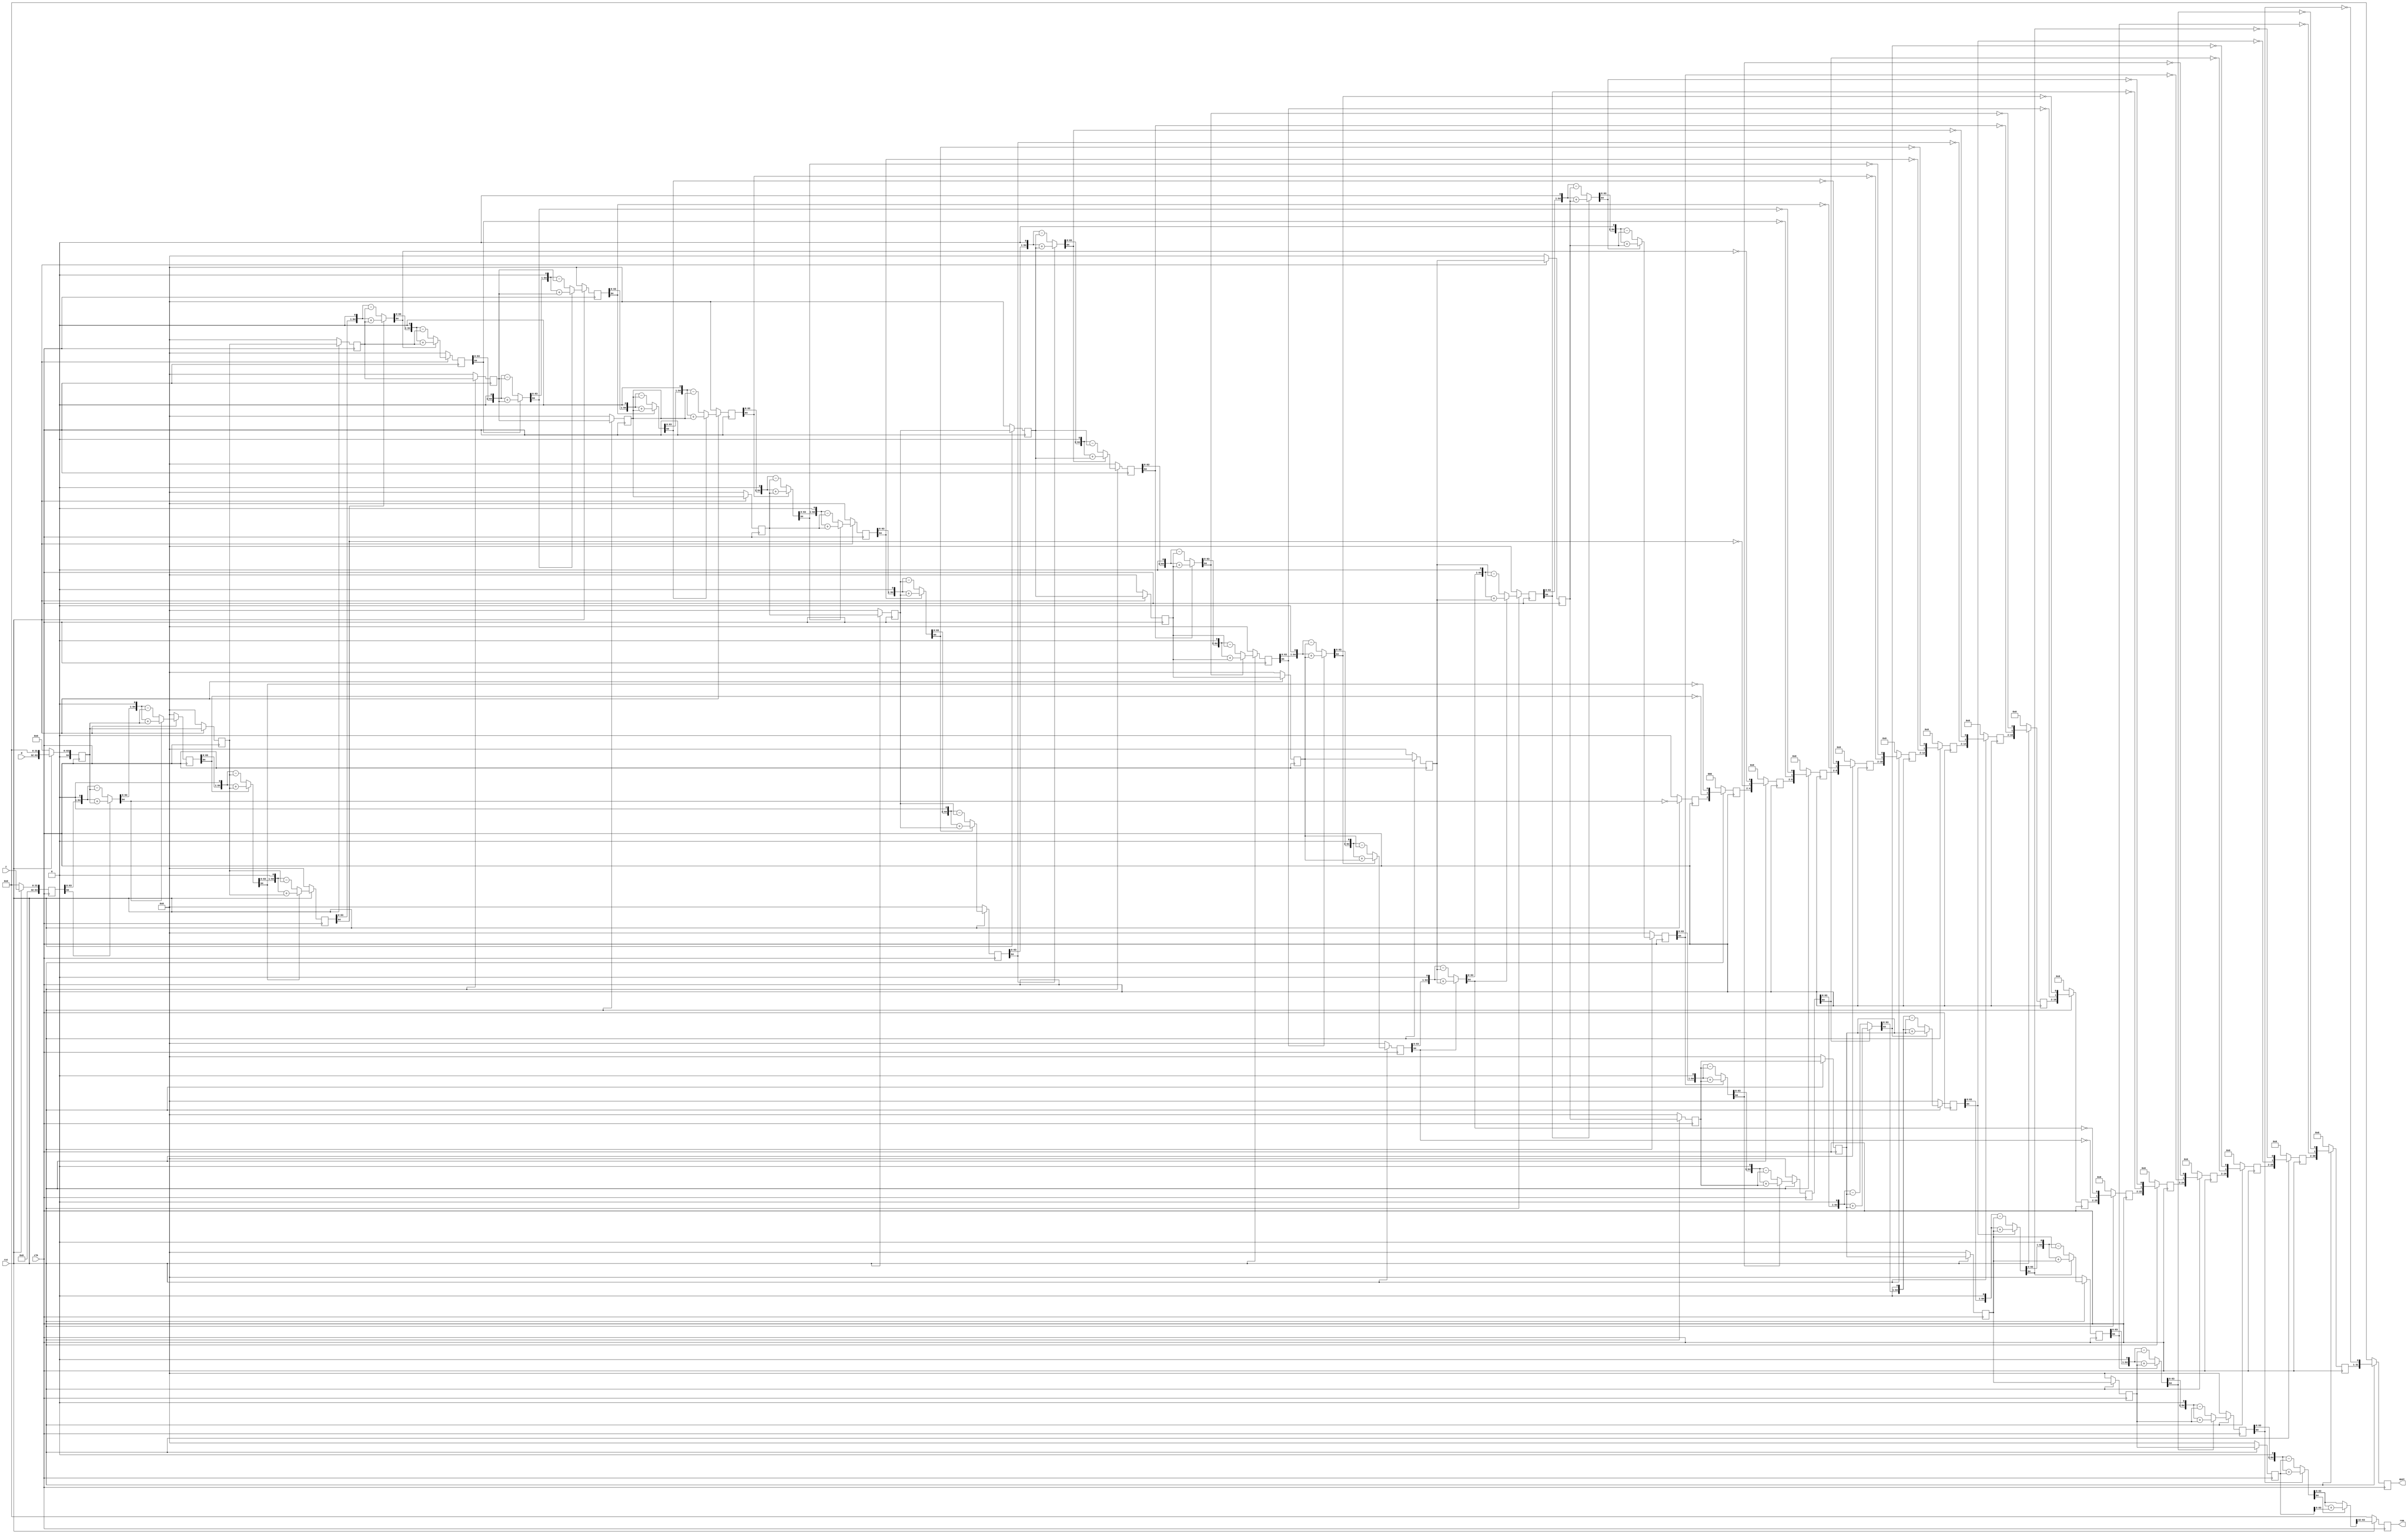
// A pipelined non-restoring integer division,
// output is valid in WIDTH/2 + 1 clock cycles.
// E.g.,  9 cycles for 16-bit, 17 cycles for 32-bit
//
// If timing is shitty, use div1.v for a twice as long pipeline.
//
// WIDTH: input width
module div_pipelined2(clk, rst, z, d,
                      quot, rem);
   parameter WIDTH = 32;
   localparam ZBITS = WIDTH*2;
   
   localparam DBITS = ZBITS/2;
   localparam STAGES = DBITS/2;
	
   input clk;
   input rst;
   input [WIDTH -1:0] z;
   input [DBITS -1:0] d;
   output [DBITS -1:0] quot;
   output [DBITS -1:0] rem;
   reg [DBITS-1:0]     quot;
   reg [DBITS-1:0]     rem;

   function [ZBITS:0] remainder;
      input [ZBITS:0]  rem_i; input [ZBITS:0]  d_i;
      begin
	 remainder = (rem_i[ZBITS])?({rem_i[ZBITS-1:0], 1'b0} + d_i):
	                            ({rem_i[ZBITS-1:0], 1'b0} - d_i);
      end
   endfunction // remainder
   
   function [ZBITS-1:0] remainder_final;
      input [ZBITS:0] rem_i; input [ZBITS:0] d_i;
      begin
	 remainder_final = (rem_i[ZBITS]?(rem_i + d_i):rem_i);
      end
   endfunction // remainder_final

   function [DBITS-1:0] quotient;
      input [DBITS-1:0] quot_i; input [ZBITS:0] rem_i;
      begin
	 quotient = {quot_i[DBITS-2:0], ~rem_i[ZBITS]};
      end
   endfunction

   reg [ZBITS:0]   d_stage  [STAGES:0];
   reg [DBITS-1:0] quot_stage  [STAGES:0];
   reg [ZBITS:0]   rem_stage  [STAGES:0];

   wire [ZBITS-1:0] quot_stage_wire  [STAGES:0];
   wire [ZBITS:0]   rem_stage_wire  [STAGES:0];

   wire [ZBITS:0]  rem_next;
   assign rem_next = remainder_final(rem_stage_wire[STAGES], d_stage[STAGES]);

   integer         stage, stage0;

   generate genvar stage1;
      for(stage1=0; stage1 <= STAGES; stage1=stage1+1) begin
         assign rem_stage_wire[stage1] = remainder(rem_stage[stage1], d_stage[stage1]);
         if (stage1>0)
           assign quot_stage_wire[stage1] = quotient(quot_stage[stage1], rem_stage[stage1]);
         else assign quot_stage_wire[stage1] = 0;
      end
   endgenerate
   
   always @(posedge clk)
     if (!rst) begin
        quot <= 0;
        rem <= 0;
        for (stage=0; stage <=STAGES; stage=stage+1) begin
           rem_stage[stage] <= 0;
           quot_stage[stage] <= 0;
           d_stage[stage] <= 0;
        end
     end  else begin
        d_stage[0] <= { 1'b0, d, { (ZBITS-DBITS){1'b0} } };
        rem_stage[0] <= z;
        quot_stage[0] <= 0;
        
        for(stage0=1; stage0 <= STAGES; stage0=stage0+1) begin
           d_stage[stage0] <= d_stage[stage0-1];
	   rem_stage[stage0] <= remainder(rem_stage_wire[stage0-1], d_stage[stage0-1]);
           quot_stage[stage0] <= quotient(quot_stage_wire[stage0-1], rem_stage_wire[stage0-1]);
        end

        quot <= quot_stage_wire[STAGES];
        rem <= rem_next[ZBITS-1:ZBITS-DBITS];
     end // else: !if(!rst)
      
endmodule